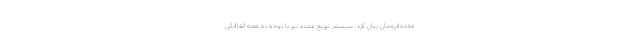
عمده‌فروشان بیان کرد: سیستم توزیع عمده نیز با توجه به همه اتفاقاتی